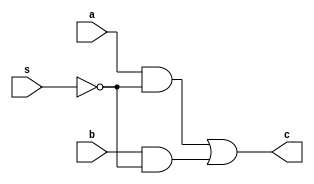
module mux (c,a,b,s);
input a,b,s;
output c;

not I1 (wire1, s);
and I2 (wire2, a, wire1);
and I3 (wire3, b, wire1);

or I4 (c, wire2, wire3);

endmodule